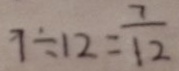
7 \div 1 2 = \frac { 7 } { 1 2 }